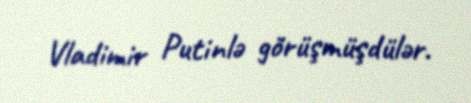
Vladimir Putinlə görüşmüşdülər.